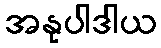
အနုပါဒါယ